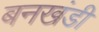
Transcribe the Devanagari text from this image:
बनखंडी